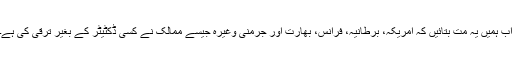
اب ہمیں یہ مت بتائیں کہ امریکہ، برطانیہ، فرانس، بھارت اور جرمنی وغیرہ جیسے ممالک نے کسی ڈکٹیٹر کے بغیر ترقی کی ہے۔